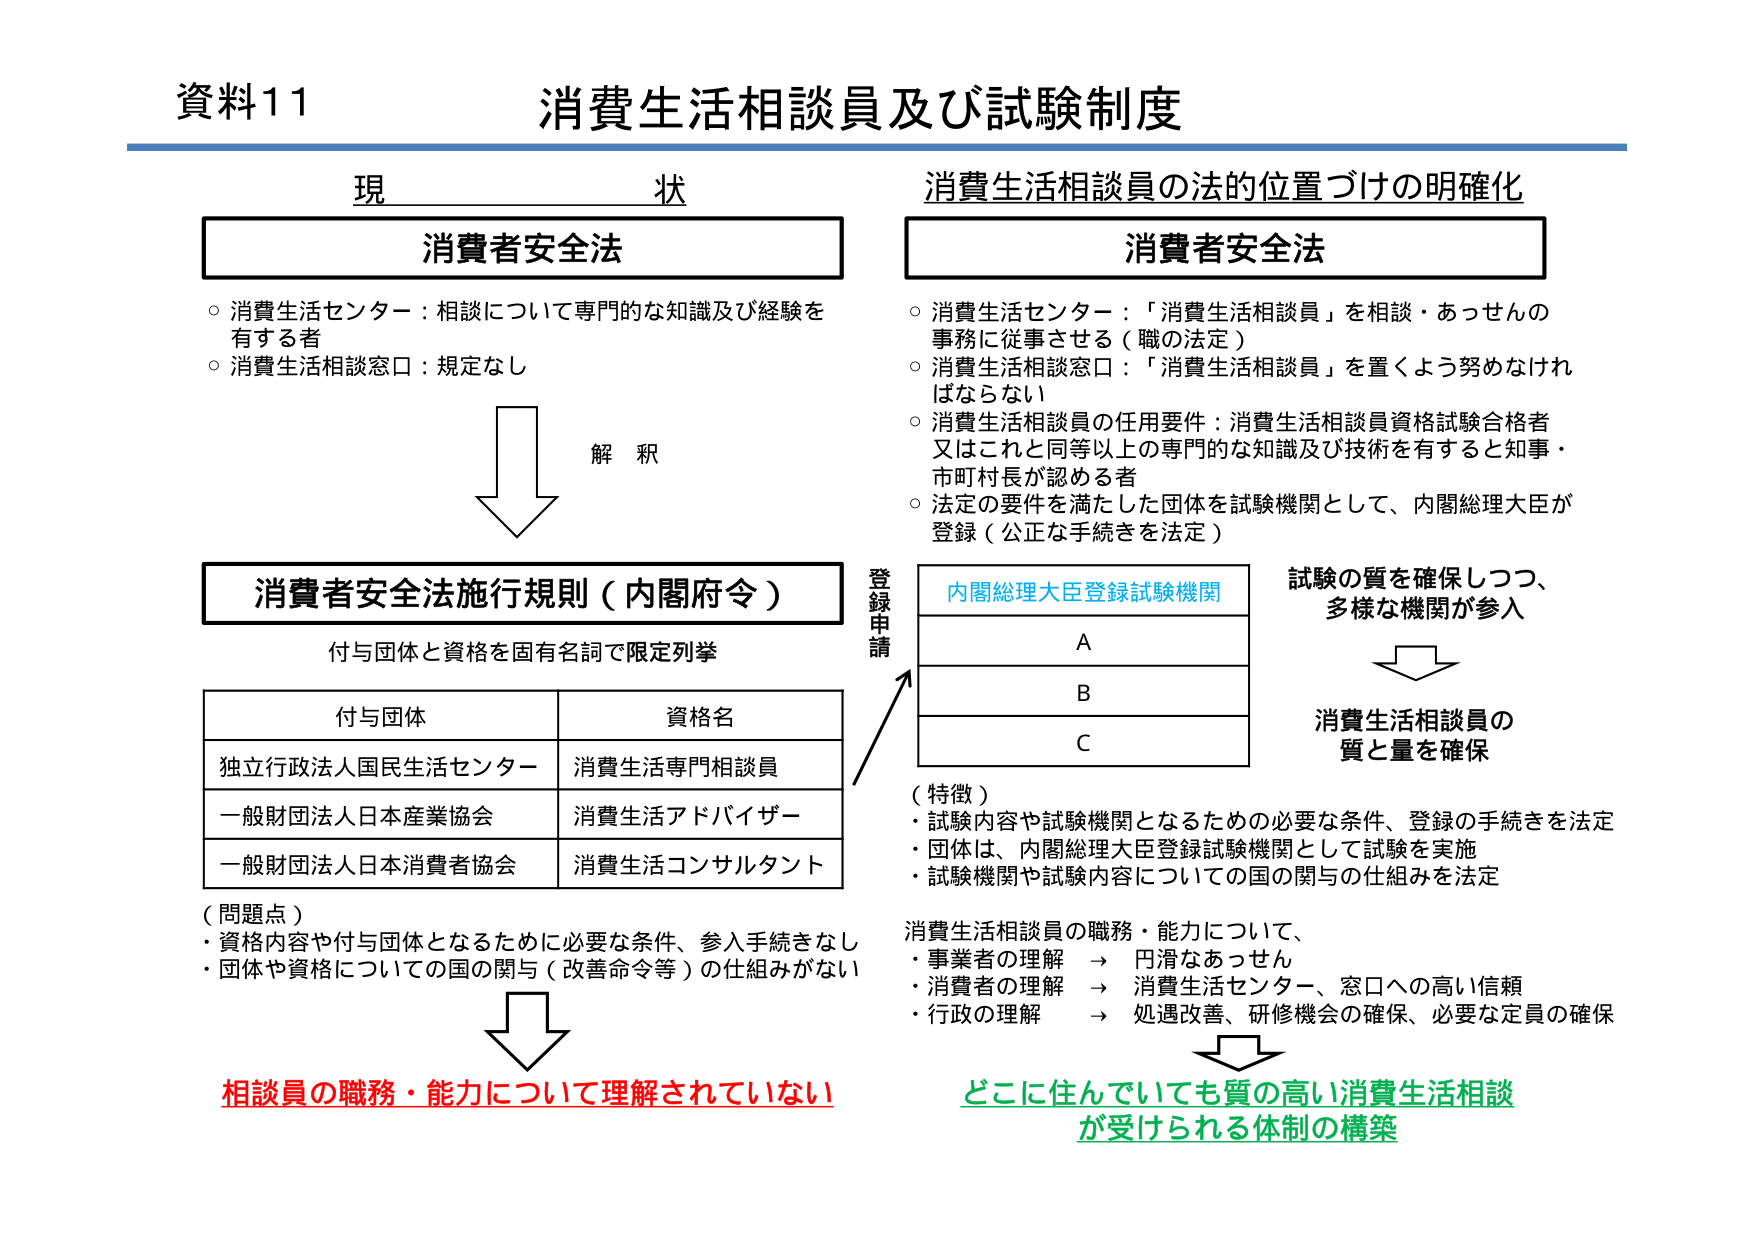
資料11 消費生活相談員及び試験制度

現 状

消費者安全法
○ 消費生活センター：相談について専門的な知識及び経験を有する者
○ 消費生活相談窓口：規定なし

解釈

消費者安全法施行規則（内閣府令）
付与団体と資格を固有名詞で限定列挙

| 付与団体 | 資格名 |
|----------|--------|
| 独立行政法人国民生活センター | 消費生活専門相談員 |
| 一般財団法人日本産業協会 | 消費生活アドバイザー |
| 一般財団法人日本消費者協会 | 消費生活コンサルタント |

（問題点）
・資格内容や付与団体となるために必要な条件、参入手続きなし
・団体や資格についての国の関与（改善命令等）の仕組みがない

相談員の職務・能力について理解されていない

消費生活相談員の法的位置づけの明確化

消費者安全法
○ 消費生活センター：「消費生活相談員」を相談・あっせんの事務に従事させる（職の法定）
○ 消費生活相談窓口：「消費生活相談員」を置くよう努めなければならない
○ 消費生活相談員の任用要件：消費生活相談員資格試験合格者又はこれと同等以上の専門的な知識及び技術を有すると知事・市町村長が認める者
○ 法定の要件を満たした団体を試験機関として、内閣総理大臣が登録（公正な手続きを法定）

内閣総理大臣登録試験機関
A
B
C

登録申請

試験の質を確保しつつ、多様な機関が参入

消費生活相談員の質と量を確保

（特徴）
・試験内容や試験機関となるための必要な条件、登録の手続きを法定
・団体は、内閣総理大臣登録試験機関として試験を実施
・試験機関や試験内容についての国の関与の仕組みを法定

消費生活相談員の職務・能力について、
・事業者の理解 → 円滑なあっせん
・消費者の理解 → 消費生活センター、窓口への高い信頼
・行政の理解 → 処遇改善、研修機会の確保、必要な定員の確保

どこに住んでいても質の高い消費生活相談が受けられる体制の構築